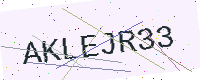
Text: AKLEJR33